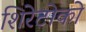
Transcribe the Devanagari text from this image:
शिरेटोको